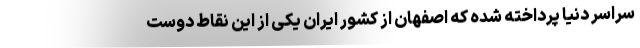
سراسر دنیا پرداخته شده که اصفهان از کشور ایران یکی از این نقاط دوست